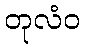
တုလံဝ